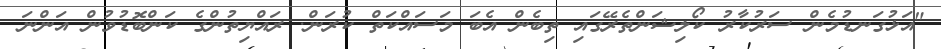
"އަޅުގަނޑުމެން ސަރުކާރު ކޯލިޝަންތެރޭގައި ތިބެން އެބަ މަސައްކަތް ކުރަން. ރައްޔިތުންގެ ކަންބޮޑުވުން އަންނަ